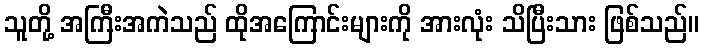
သူတို့ အကြီးအကဲသည် ထိုအကြောင်းများကို အားလုံး သိပြီးသား ဖြစ်သည်။